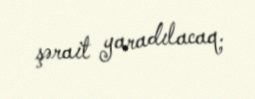
şərait yaradılacaq.